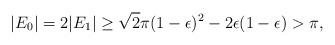
LaTeX: \begin{align*}|E_{0}| = 2|E_1| \geq \sqrt{2}\pi(1-\epsilon)^2 - 2\epsilon(1-\epsilon) > \pi,\end{align*}